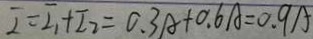
I = I _ { 1 } + I _ { 2 } = 0 . 3 A + 0 . 6 A = 0 . 9 A